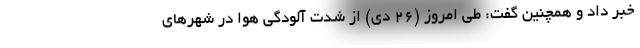
خبر داد و همچنین گفت: طی امروز (۲۶ دی) از شدت آلودگی هوا در شهرهای